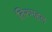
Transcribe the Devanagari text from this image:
तिरुमहल